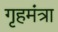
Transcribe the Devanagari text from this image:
गृहमंत्रा